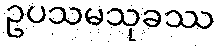
ဥပသမသုခဿ